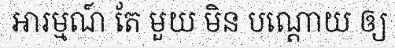
អារម្មណ៍ តែ មួយ មិន បណ្តោយ ឲ្យ